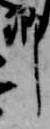
卿